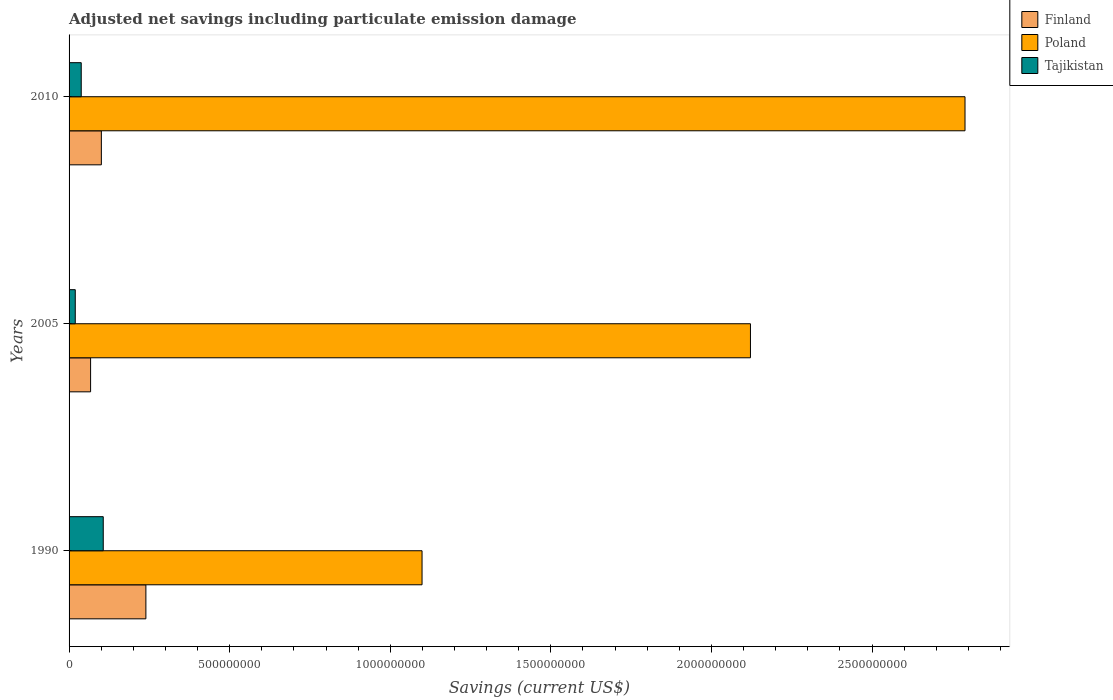
| Years | Finland | Poland | Tajikistan |
 | --- | --- | --- | --- |
 | 1990 | 2.39e+08 | 1.1e+09 | 1.06e+08 |
 | 2005 | 6.7e+07 | 2.12e+09 | 1.93e+07 |
 | 2010 | 1.01e+08 | 2.79e+09 | 3.79e+07 |